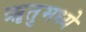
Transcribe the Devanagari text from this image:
ॠतुमध्ये